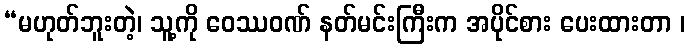
“မဟုတ်ဘူးတဲ့၊ သူ့ကို ဝေဿဝဏ် နတ်မင်းကြီးက အပိုင်စား ပေးထားတာ ၊